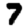
Digit: 7